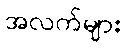
အလက်များ